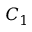
C _ { 1 }